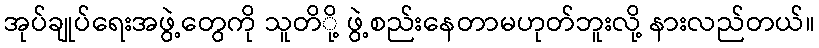
အုပ်ချုပ်ရေးအဖွဲ့တွေကို သူတိို့ ဖွဲ့စည်းနေတာမဟုတ်ဘူးလို့ နားလည်တယ်။